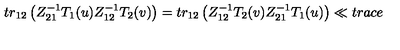
t r _ { 1 2 } \left( Z _ { 2 1 } ^ { - 1 } T _ { 1 } ( u ) Z _ { 1 2 } ^ { - 1 } T _ { 2 } ( v ) \right) = t r _ { 1 2 } \left( Z _ { 1 2 } ^ { - 1 } T _ { 2 } ( v ) Z _ { 2 1 } ^ { - 1 } T _ { 1 } ( u ) \right) \ll { t r a c e }